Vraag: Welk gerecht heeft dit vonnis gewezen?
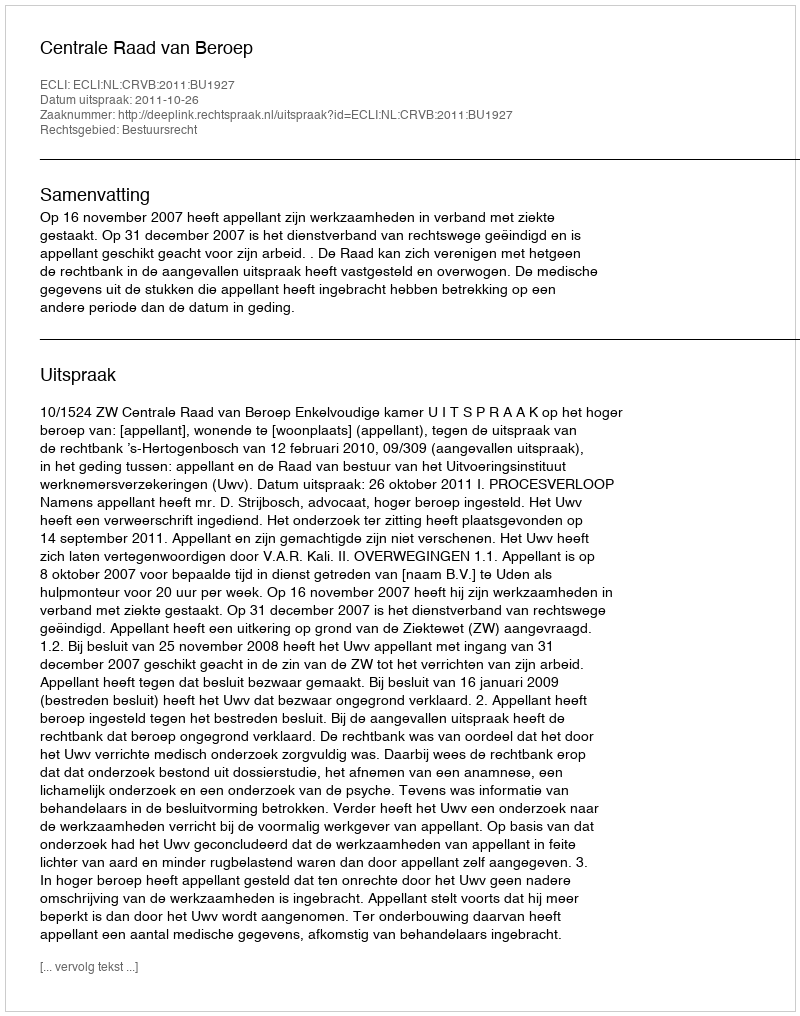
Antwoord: Centrale Raad van Beroep